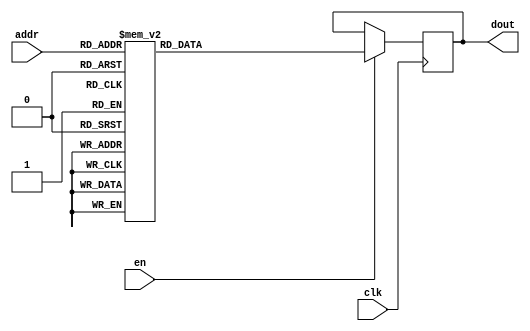
`timescale 1ns / 1ps
/*
Copyright
All right reserved.
Module Name: rom_syn
Author  : Zichuan Liu, Yixing Li and Wenye Liu.
Description:
A synthesized ROM: ROM_DEP x ROM_WID
*/
module EC_3_REF_SOFT_ROM_3(
// inputs
clk,
en,
addr,
// outputs
dout
);
localparam ROM_WID = 14;
localparam ROM_DEP = 128;
localparam ROM_ADDR = 7;
// input definition
input clk;
input en;
input [ROM_ADDR-1:0] addr;
// output definition
output [ROM_WID-1:0] dout;
reg [ROM_WID-1:0] data;
always @(posedge clk)
begin
if (en) begin
case(addr)
		7'd0: data <= 14'b01001011111001;
		7'd1: data <= 14'b01001011100111;
		7'd2: data <= 14'b01001011011001;
		7'd3: data <= 14'b01001100001000;
		7'd4: data <= 14'b01001010010010;
		7'd5: data <= 14'b01001011100000;
		7'd6: data <= 14'b01001000100000;
		7'd7: data <= 14'b01001100010101;
		7'd8: data <= 14'b01001001100100;
		7'd9: data <= 14'b01001011010010;
		7'd10: data <= 14'b01001100001001;
		7'd11: data <= 14'b01001010110000;
		7'd12: data <= 14'b01001010101110;
		7'd13: data <= 14'b01001101010010;
		7'd14: data <= 14'b01001100101011;
		7'd15: data <= 14'b01001010011011;
		7'd16: data <= 14'b01001100001101;
		7'd17: data <= 14'b01001010100111;
		7'd18: data <= 14'b01001011110100;
		7'd19: data <= 14'b01001011110010;
		7'd20: data <= 14'b01001010101001;
		7'd21: data <= 14'b01001011000001;
		7'd22: data <= 14'b01001101110100;
		7'd23: data <= 14'b01001011111110;
		7'd24: data <= 14'b01001010010001;
		7'd25: data <= 14'b01001000001011;
		7'd26: data <= 14'b01000111000101;
		7'd27: data <= 14'b01000111011110;
		7'd28: data <= 14'b01001011011010;
		7'd29: data <= 14'b01001010000100;
		7'd30: data <= 14'b01001011101000;
		7'd31: data <= 14'b01001100000111;
		7'd32: data <= 14'b01001101000110;
		7'd33: data <= 14'b01001011001000;
		7'd34: data <= 14'b01001101010101;
		7'd35: data <= 14'b01001001011000;
		7'd36: data <= 14'b01001011100010;
		7'd37: data <= 14'b01000111110011;
		7'd38: data <= 14'b01000110011111;
		7'd39: data <= 14'b01001010010011;
		7'd40: data <= 14'b01001000100111;
		7'd41: data <= 14'b01001010110111;
		7'd42: data <= 14'b01001000010101;
		7'd43: data <= 14'b01001001011000;
		7'd44: data <= 14'b01001100101001;
		7'd45: data <= 14'b01001010010000;
		7'd46: data <= 14'b01001011000110;
		7'd47: data <= 14'b01001011111110;
		7'd48: data <= 14'b01001001001010;
		7'd49: data <= 14'b01001100001100;
		7'd50: data <= 14'b01001011110100;
		7'd51: data <= 14'b01001000000101;
		7'd52: data <= 14'b01001010111001;
		7'd53: data <= 14'b01001011110001;
		7'd54: data <= 14'b01001001011110;
		7'd55: data <= 14'b01001010100110;
		7'd56: data <= 14'b01000111011101;
		7'd57: data <= 14'b01001100111101;
		7'd58: data <= 14'b01001011010010;
		7'd59: data <= 14'b01001011111001;
		7'd60: data <= 14'b01001011011111;
		7'd61: data <= 14'b01001011100111;
		7'd62: data <= 14'b01001011111111;
		7'd63: data <= 14'b01001010001011;
		7'd64: data <= 14'b01001100010001;
		7'd65: data <= 14'b01001011110010;
		7'd66: data <= 14'b01001100101010;
		7'd67: data <= 14'b01001011101001;
		7'd68: data <= 14'b01001010100101;
		7'd69: data <= 14'b01000111111111;
		7'd70: data <= 14'b01001011010001;
		7'd71: data <= 14'b01001101110111;
		7'd72: data <= 14'b01001010011001;
		7'd73: data <= 14'b01001001000011;
		7'd74: data <= 14'b01001011011100;
		7'd75: data <= 14'b01001000010011;
		7'd76: data <= 14'b01000111101000;
		7'd77: data <= 14'b01001011001010;
		7'd78: data <= 14'b01001001110101;
		7'd79: data <= 14'b01001001111001;
		7'd80: data <= 14'b01001001010000;
		7'd81: data <= 14'b01001010111001;
		7'd82: data <= 14'b01001010011010;
		7'd83: data <= 14'b01001001101011;
		7'd84: data <= 14'b01001000001110;
		7'd85: data <= 14'b01001100011001;
		7'd86: data <= 14'b01001011010101;
		7'd87: data <= 14'b01001100110110;
		7'd88: data <= 14'b01001100011001;
		7'd89: data <= 14'b01001010100011;
		7'd90: data <= 14'b01001100110100;
		7'd91: data <= 14'b01001100110100;
		7'd92: data <= 14'b01001011110111;
		7'd93: data <= 14'b01001001111011;
		7'd94: data <= 14'b01001011110101;
		7'd95: data <= 14'b01001101011110;
		7'd96: data <= 14'b01001101110110;
		7'd97: data <= 14'b01001100101100;
		7'd98: data <= 14'b01001100100111;
		7'd99: data <= 14'b01001011100101;
		7'd100: data <= 14'b01001000010111;
		7'd101: data <= 14'b01001001110011;
		7'd102: data <= 14'b01001011001101;
		7'd103: data <= 14'b01001011010001;
		7'd104: data <= 14'b01001100101110;
		7'd105: data <= 14'b01001010001111;
		7'd106: data <= 14'b01001100001010;
		7'd107: data <= 14'b01001100101110;
		7'd108: data <= 14'b01001000000110;
		7'd109: data <= 14'b01001100011011;
		7'd110: data <= 14'b01000110110001;
		7'd111: data <= 14'b01001011100101;
		7'd112: data <= 14'b01001100000111;
		7'd113: data <= 14'b01001000011011;
		7'd114: data <= 14'b01001000010000;
		7'd115: data <= 14'b01001100100101;
		7'd116: data <= 14'b01001011011010;
		7'd117: data <= 14'b01001100001110;
		7'd118: data <= 14'b01001011101000;
		7'd119: data <= 14'b01001001000001;
		7'd120: data <= 14'b01001011110001;
		7'd121: data <= 14'b01001010111100;
		7'd122: data <= 14'b01001100000010;
		7'd123: data <= 14'b01001100101110;
		7'd124: data <= 14'b01001010110110;
		7'd125: data <= 14'b01001000110100;
		7'd126: data <= 14'b01001000110010;
		7'd127: data <= 14'b01001010011001;
		endcase
		end
	end
	assign dout = data;
endmodule